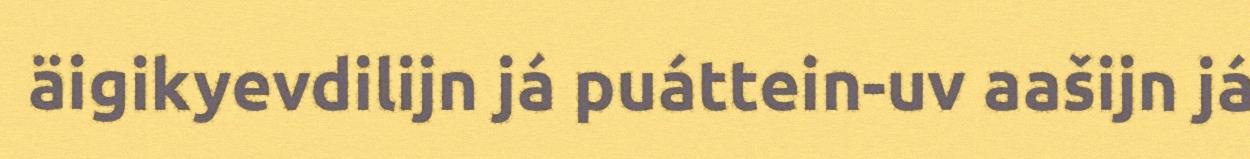
äigikyevdilijn já puáttein-uv aašijn já